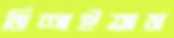
মিশাইতাম